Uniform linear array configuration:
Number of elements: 4
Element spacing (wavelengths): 0.75
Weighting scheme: binomial
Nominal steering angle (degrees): -15
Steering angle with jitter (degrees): -13.025
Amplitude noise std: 0.05
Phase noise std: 0.05

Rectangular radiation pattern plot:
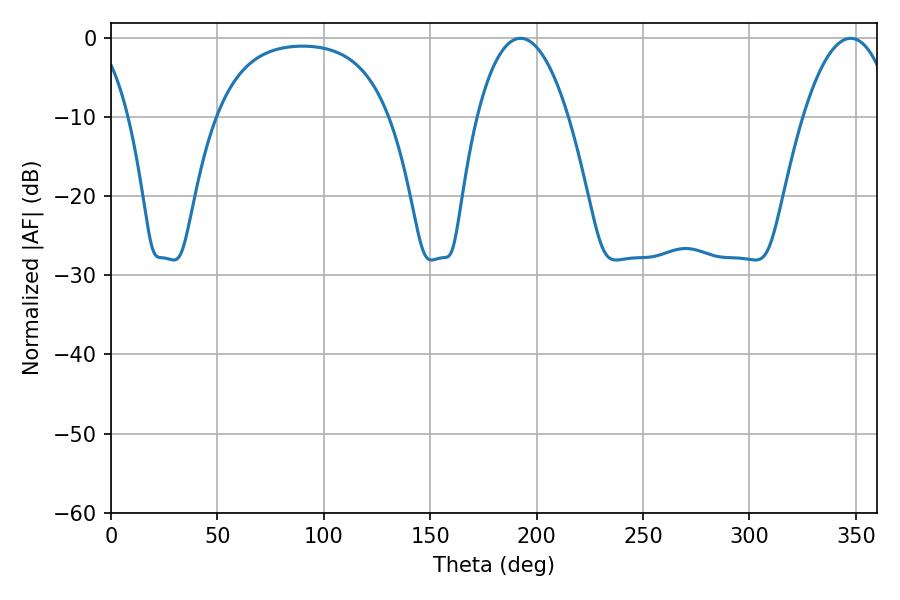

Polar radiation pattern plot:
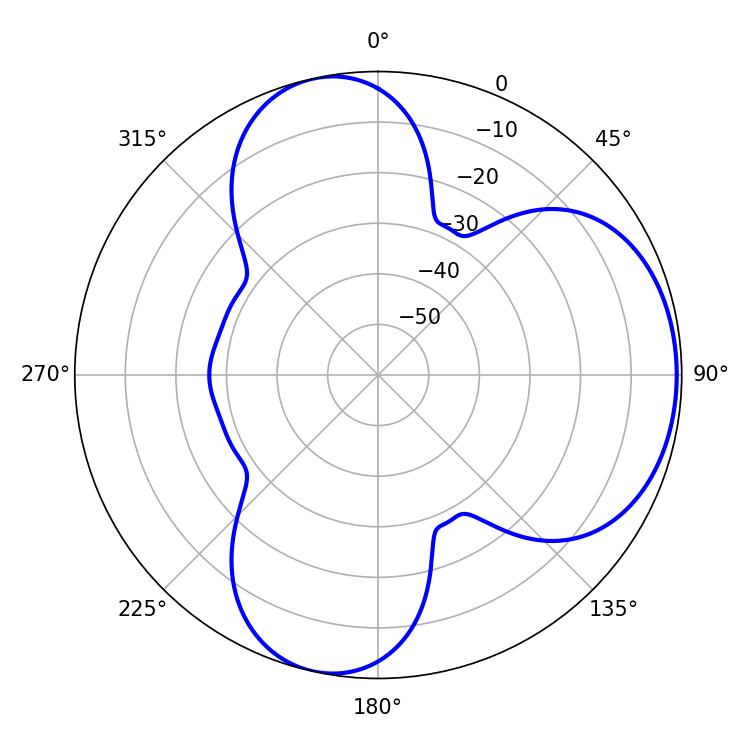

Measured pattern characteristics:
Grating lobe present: TRUE
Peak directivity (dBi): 5.813
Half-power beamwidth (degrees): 23.94
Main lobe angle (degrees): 192.42